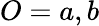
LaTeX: O=a,b